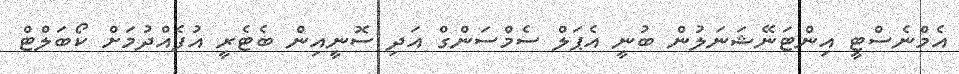
އެމްނެސްޓީ އިންޓަނޭޝަނަލުން ބުނީ އެޕަލް ސެމްސަންގް އަދި ސޮނީއިން ބެޓެރީ އުފެއްދުމަށް ކޯބަލްޓް